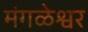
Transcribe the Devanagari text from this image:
मंगळेश्वर